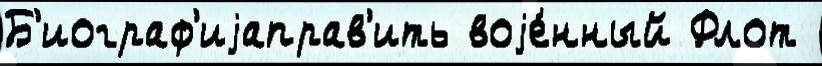
Б'иограф'иjаправ'ить воjе́нный Флот